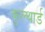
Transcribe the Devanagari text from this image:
कुल्थार्ड